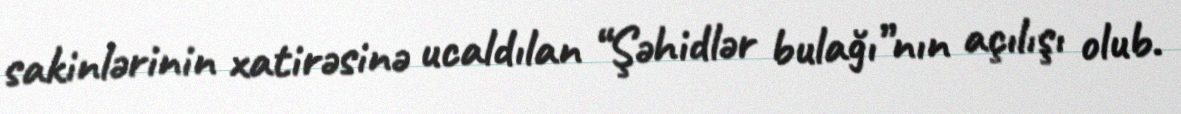
sakinlərinin xatirəsinə ucaldılan “Şəhidlər bulağı”nın açılışı olub.